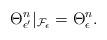
LaTeX: \begin{align*}\Theta^{n }_{\epsilon'} |_{\mathcal{F}_\epsilon}=\Theta_\epsilon^{n }.\end{align*}